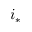
i _ { * }